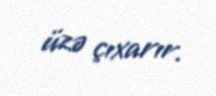
üzə çıxarır.